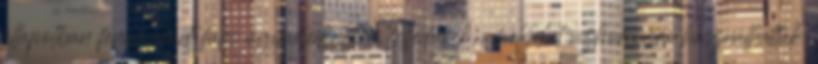
állapotban fennmaradt füles agyagedényt is felfedeztek, amelyeket vízhordásra használhattak.